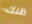
ظنك